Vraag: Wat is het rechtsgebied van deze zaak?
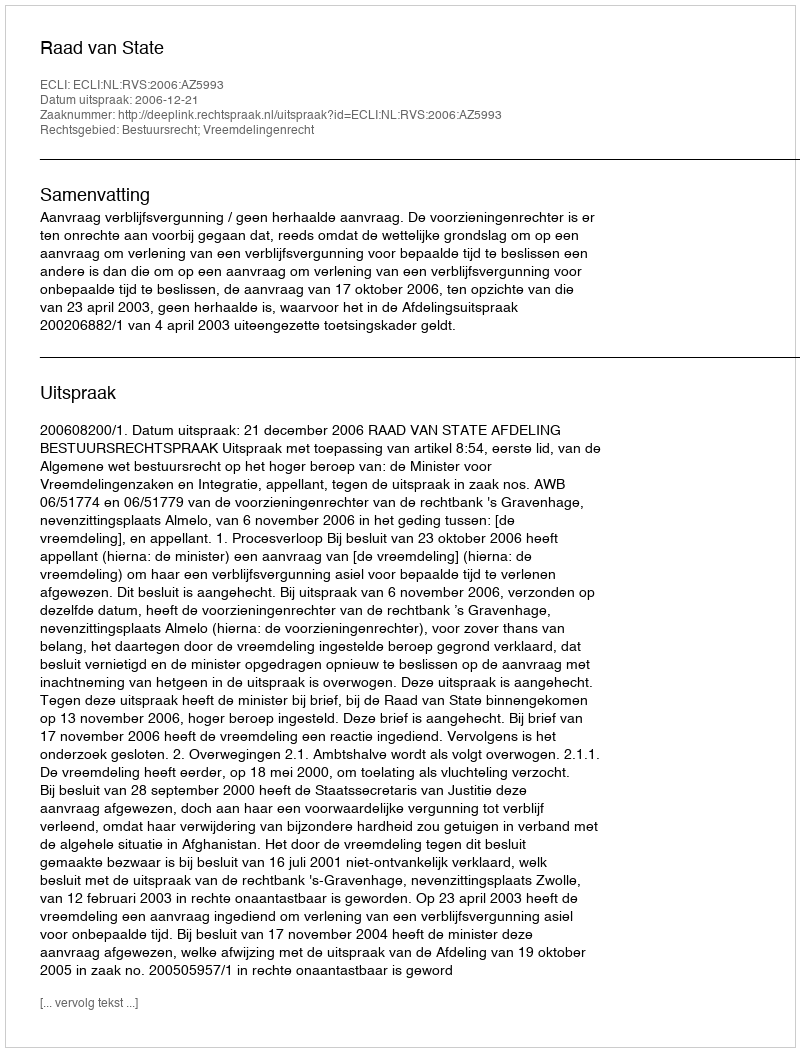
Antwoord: Bestuursrecht; Vreemdelingenrecht